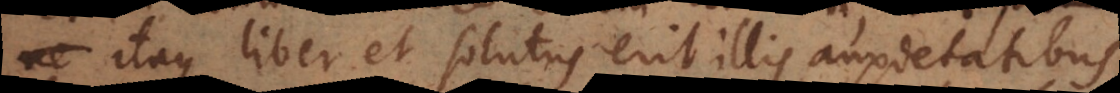
itaque liber et solutus erit illis anxietatibus